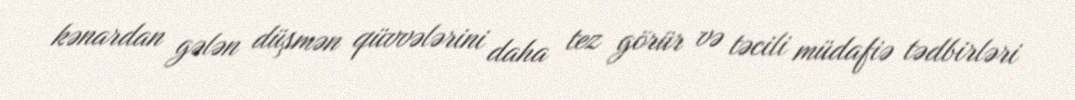
kənardan gələn düşmən qüvvələrini daha tez görür və təcili müdafiə tədbirləri